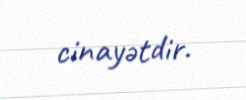
cinayətdir.